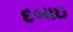
દબાઇ